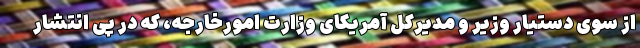
از سوی دستیار وزیر و مدیرکل آمریکای وزارت امورخارجه، که در پی انتشار